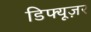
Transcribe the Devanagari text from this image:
डिफ्यूज़र